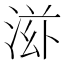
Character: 𬇿